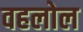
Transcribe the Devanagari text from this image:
वहलोल